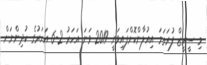
މި ސީރީޒް ފުރަތަމަ އިއުލާންކޮށްފައިވަނީ 2019 ވަނަ އަހަރު 2-6 އަހަރުގެ ކުދިންނަށް